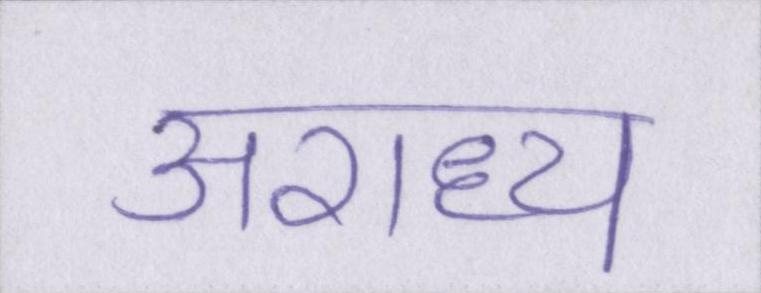
अराध्य